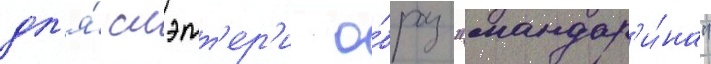
дл'я́ слэтт'ер'и о́браз "мандар'и́на"